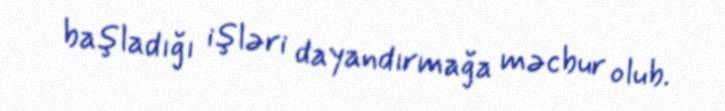
başladığı işləri dayandırmağa məcbur olub.